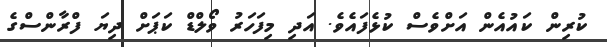
ކުރިން ކައުއެން އަށްވެސް ކުޅެފައެވެ. އަދި މިފަހަރު ވޯލްޑް ކަޕަށް ދިޔަ ފްރާންސްގެ